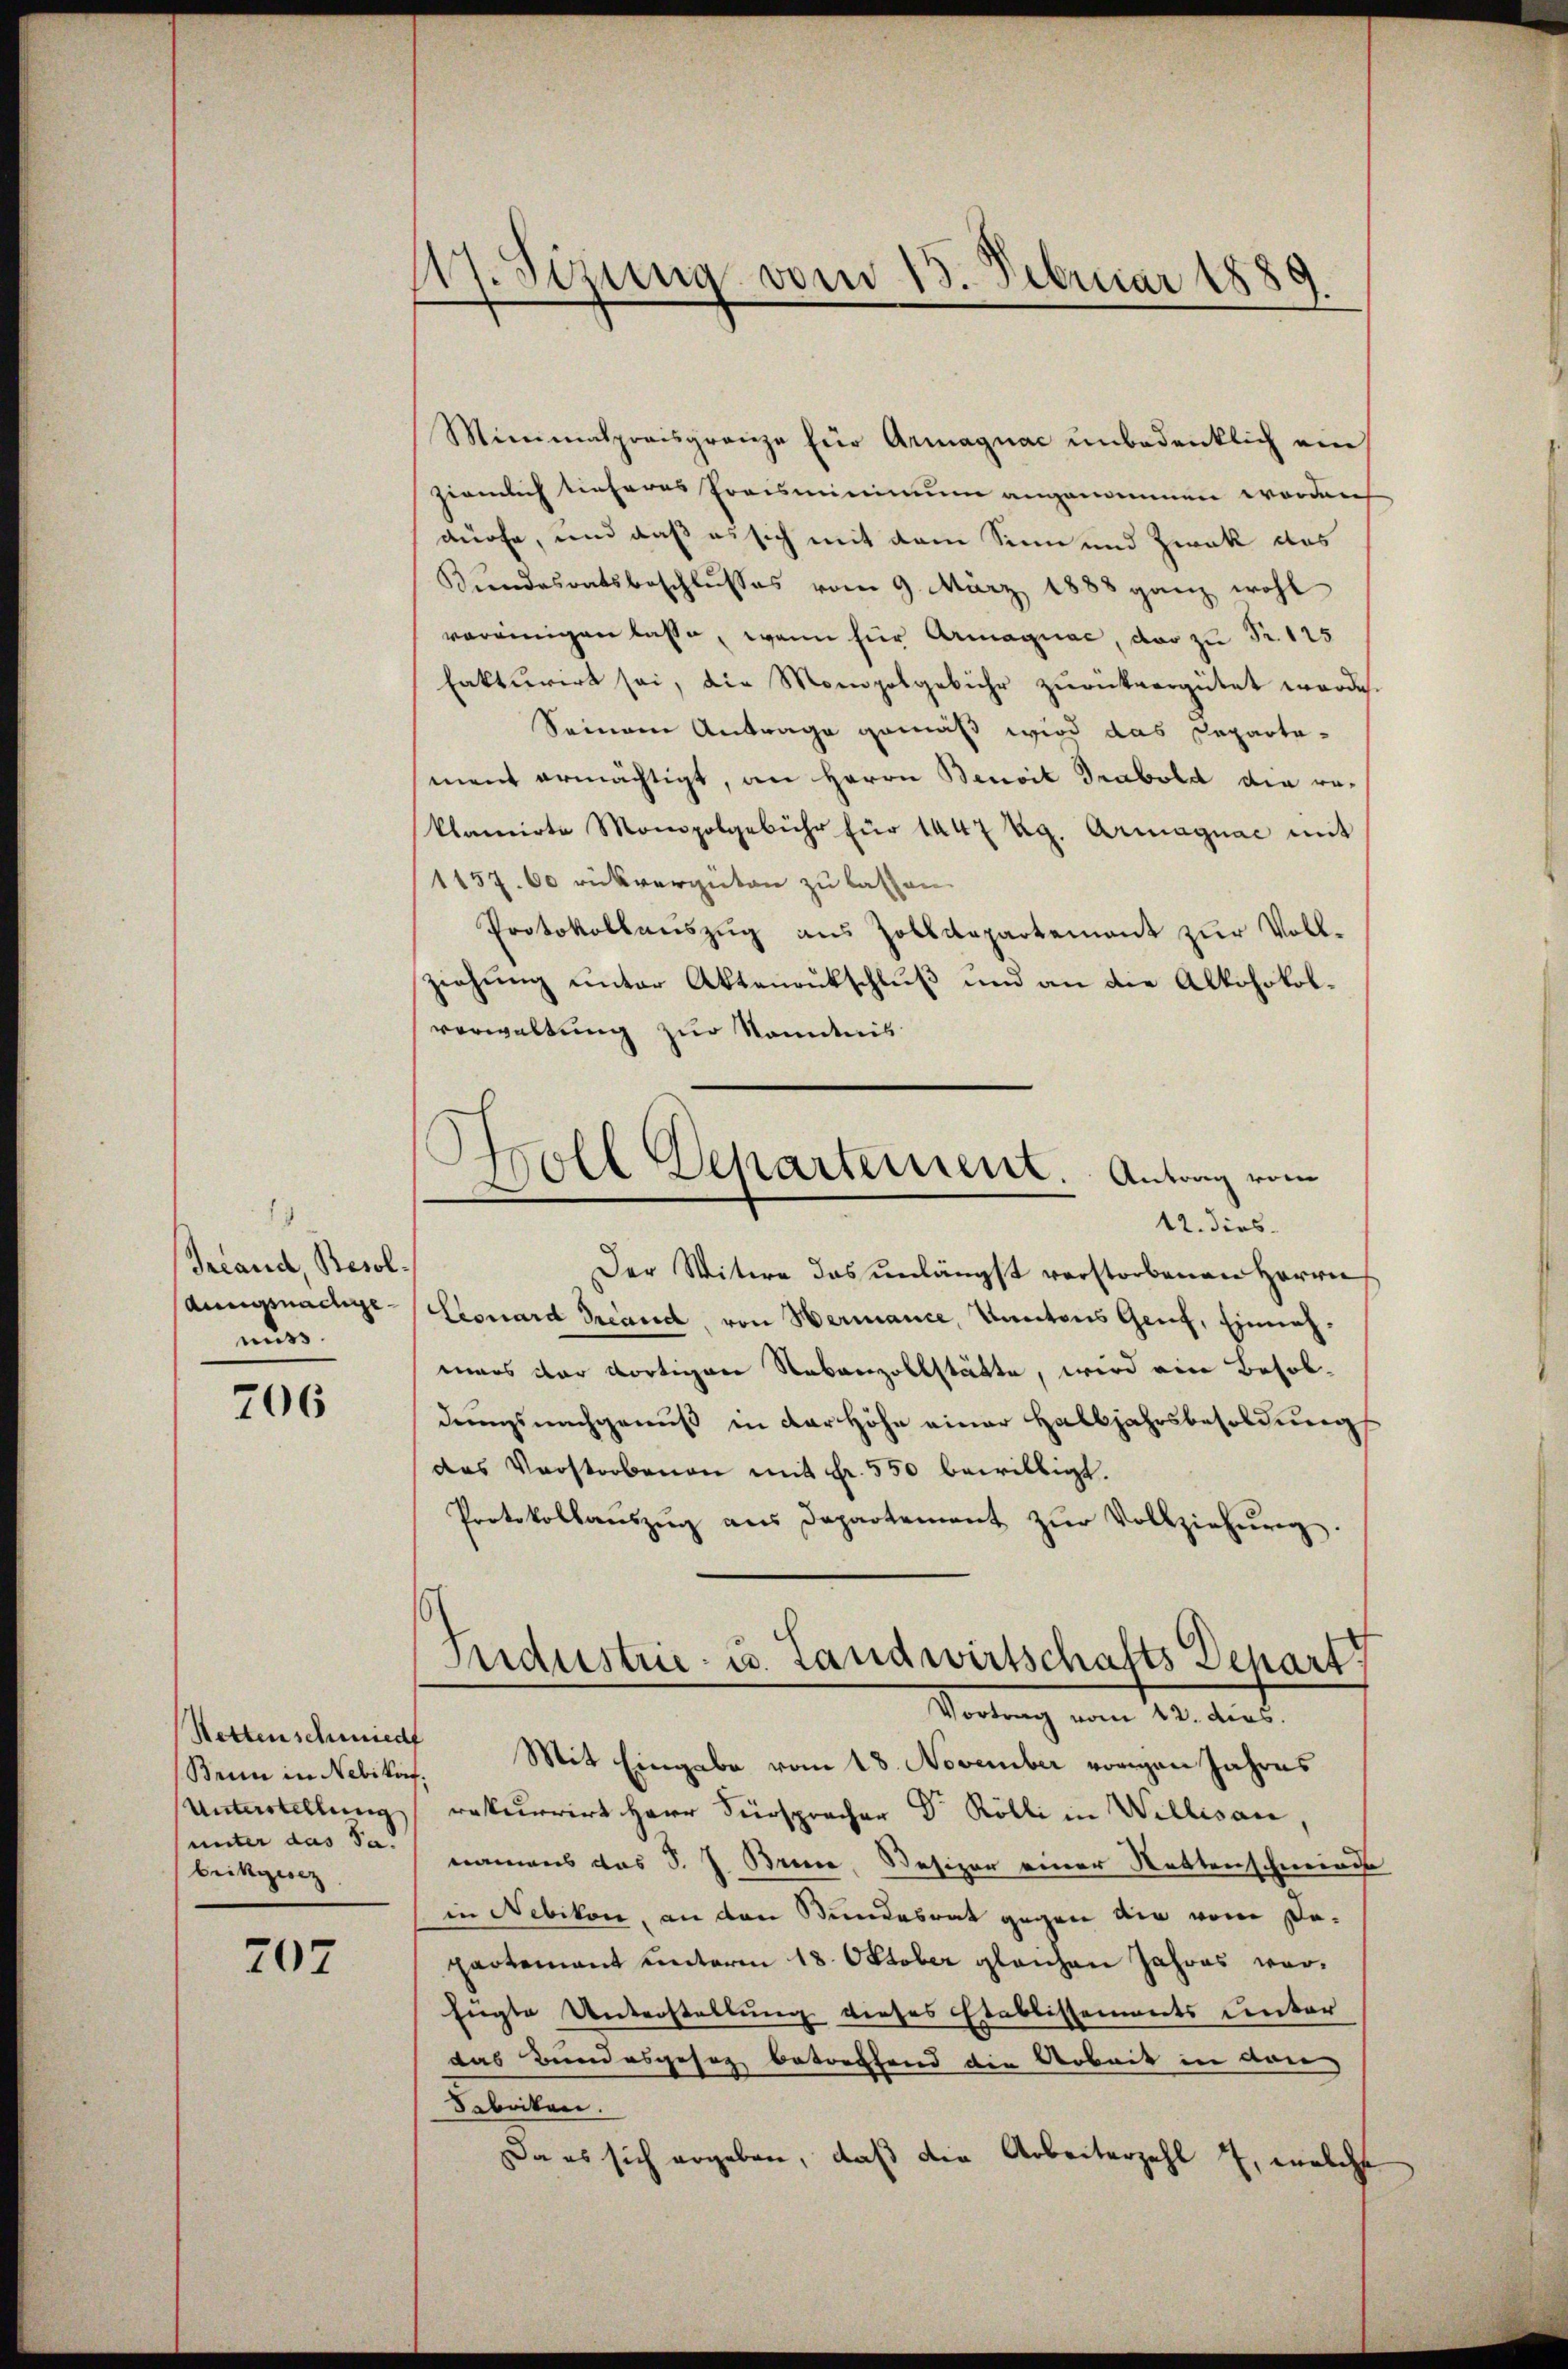
Greand, Besol
aungsnachgemiss

206

Brun in Nebikof
Unterstellung
unter das 3.
brikgesez

707

117. Sizung vom 15. Februar 1889

Minimalpreisgrenze für Armagnac unbedenklich ein
ziemlich tieferes Preismininium angenommen worden
dürfe, und daß es sich mit dem Sinn und Zwek des
Bundesratsbeschlusses vom 9. März 1883 ganz wohl
vereinigen lasse, wenn für Armagnac, der zu Fr. 125
fakturirt sei, die Monopolgebühr zurückvergütet werde.
Seinen Antrage gemäß wird das Departa-
sment ermächtigt, an Herrn Benoit Grabold die ro-
klamirte Monopolgebühr für 1447 Rg. Armagnac mit
1157. 60 rückvergüten zu lassen.
Protokollauszug aus Zolldepartement zur Vollziehung unter Aktenrutschluß und an die Alkohokolvorwaltung zur Kenntnis
Der Witwe das unlängst verstorbenen Herrn
Couard Freund, von Hermance, Kantons Greif, Einnahmars der dortigen Nebenzollstätte, wird ein Besoldrungsnachgenuß in der Höhe einer Halbjahrsbesoldung
das Verstorbenen mit Fr. 550 bewilligt.
Protokollaŭszŭg ans Departement zŭr Vollziehŭng.
Industrie- u. Landwirtschafts Depart
Vortrag vom 12. dies.
Settenschmied Mit Eingabe vom 18. November vorigen Jahres
rekurrirt Herr Fürspracher Dr Rölli in Willisau,
nanweis das J. J. Brune, Besizer einer Rettenschmiede
in Nebikon, an den Bundesrat gegen die vom Dopartement unterm 18. Oktober gleichen Jahres worfügte Unterstellung dieses Etablissements unter
das Bundesgesez betreffend die Arbeit in den
Beleiten.
Da es sich ergeben, daß die Arbeiterzahl 7, welche

Woll Departement. Antrag vom
12. dies